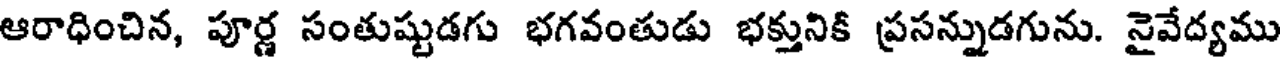
ఆరాధించిన, పూర్ణ సంతుష్టుడగు భగవంతుడు భక్తునికి ప్రసన్నుడగును. నైవేద్యము